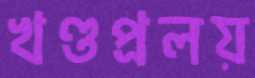
খণ্ডপ্রলয়